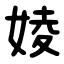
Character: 婈